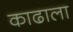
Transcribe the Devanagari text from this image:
काढाला